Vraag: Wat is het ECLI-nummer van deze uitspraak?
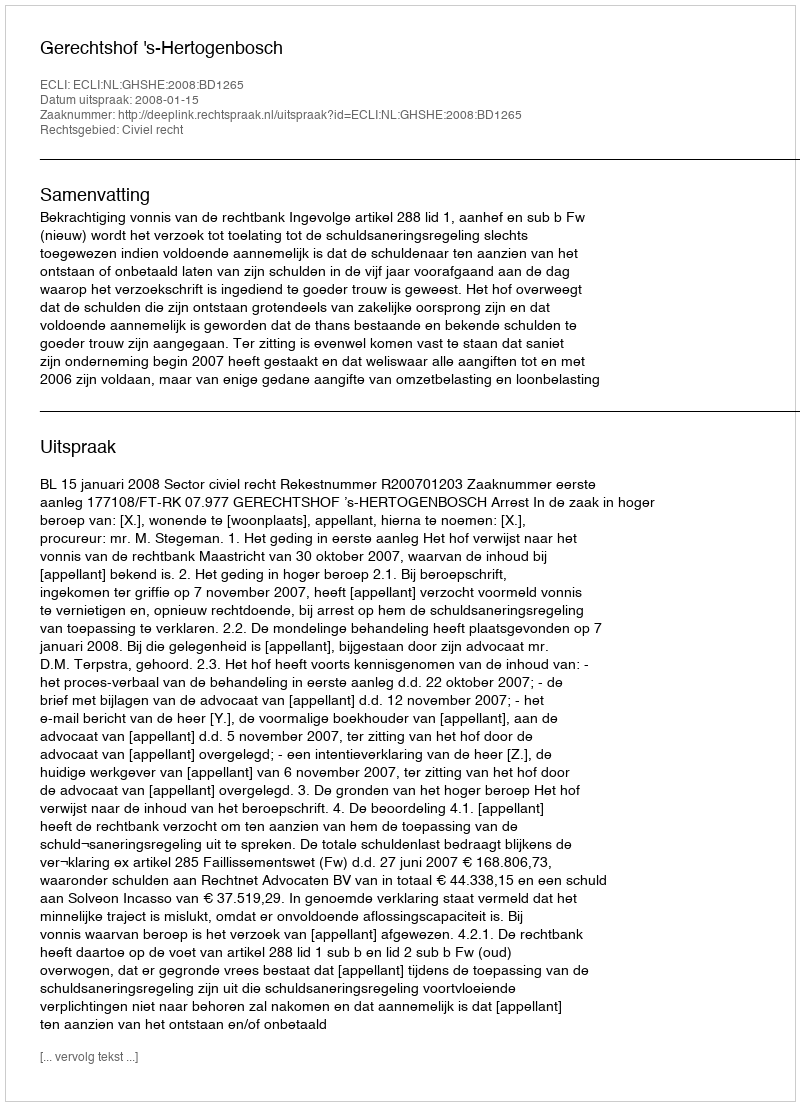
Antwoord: ECLI:NL:GHSHE:2008:BD1265